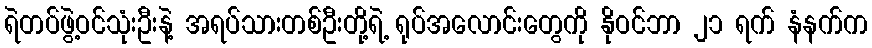
ရဲတပ်ဖွဲ့ဝင်သုံးဦးနဲ့ အရပ်သားတစ်ဦးတို့ရဲ့ ရုပ်အလောင်းတွေကို နိုဝင်ဘာ ၂၁ ရက် နံနက်က